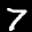
Label: 7